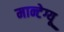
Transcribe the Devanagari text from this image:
मान्टेग्यू